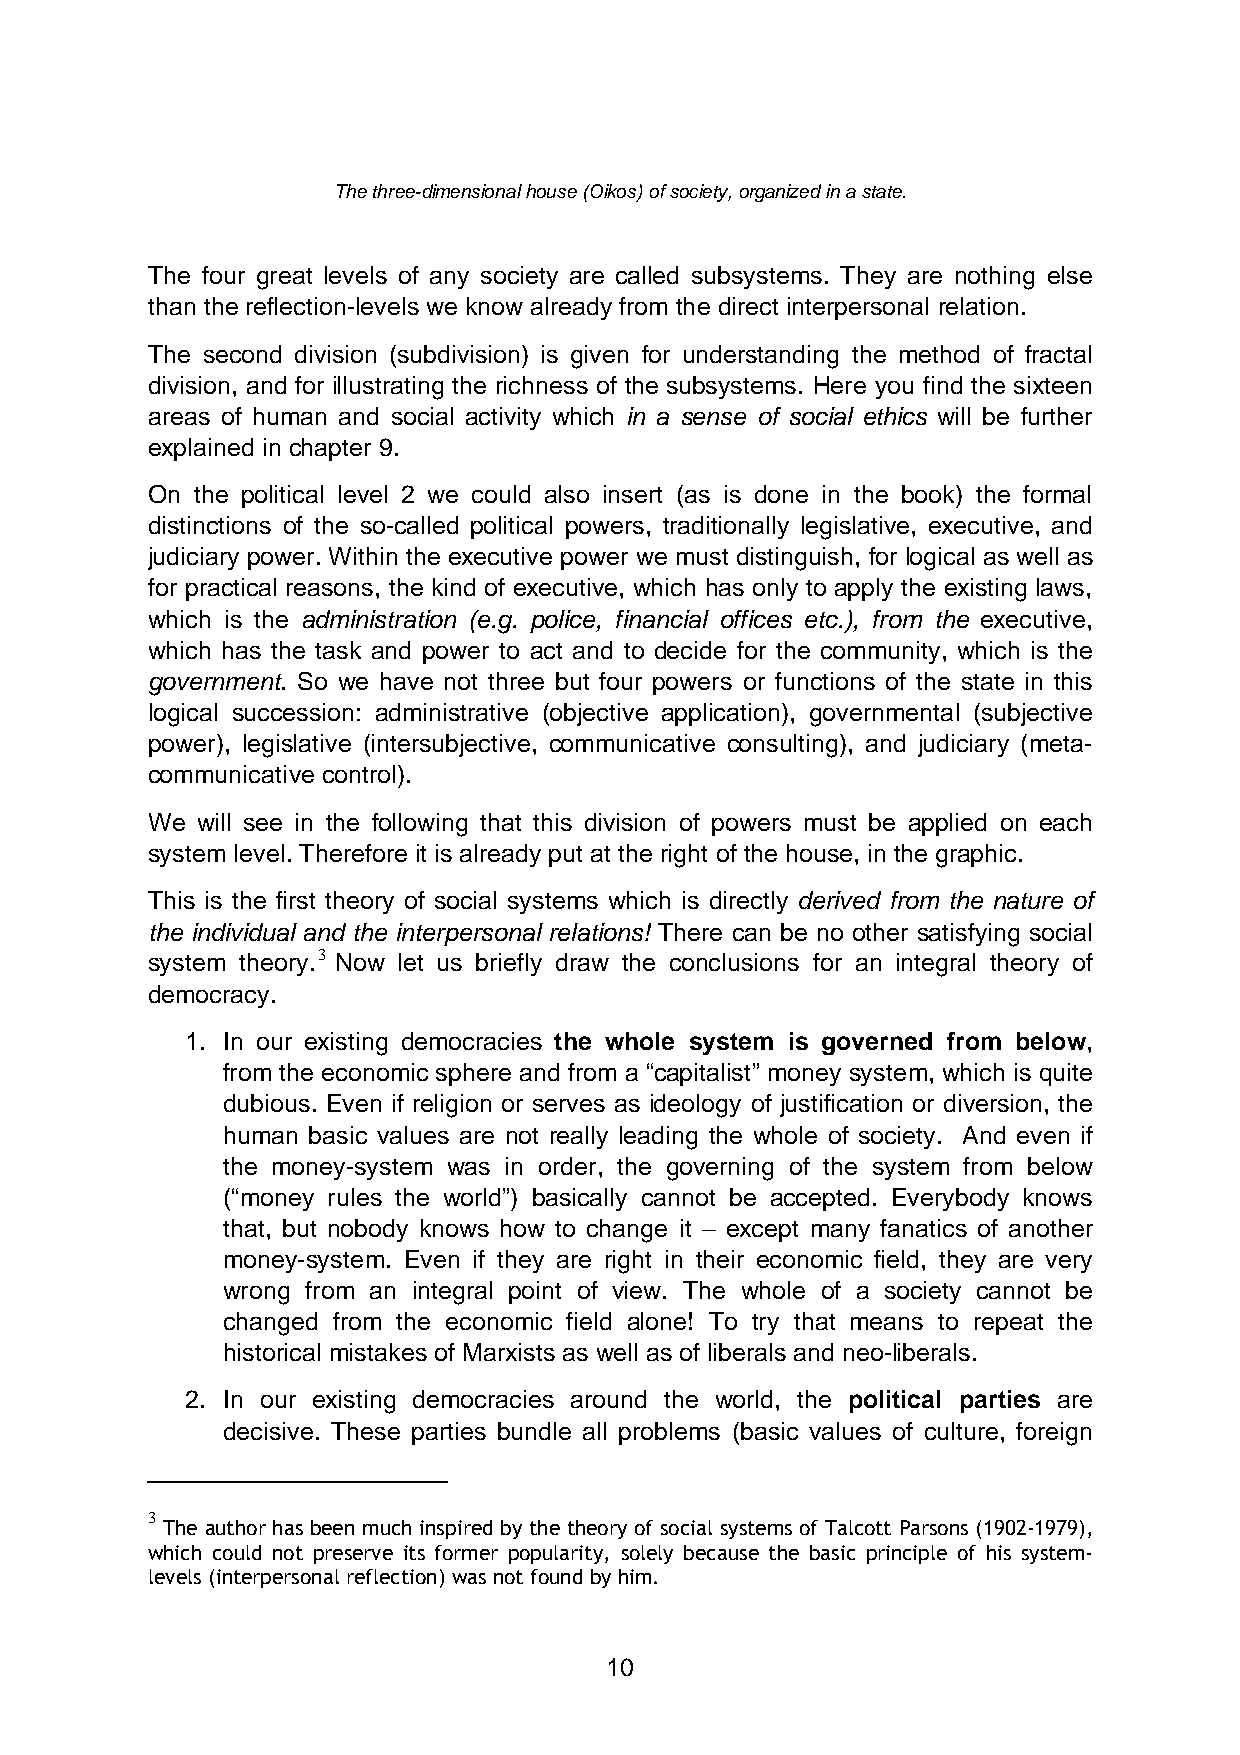
The three-dimensional house (Oikos) of society, organized in a state.
 The four great levels of any society are called subsystems. They are nothing else
 than the reflection-levels we know already from the direct interpersonal relation.
 The second division (subdivision) is given for understanding the method of fractal
 division, and for illustrating the richness of the subsystems. Here you find the sixteen
 areas of human and social activity which in a sense of social ethics will be further
 explained in chapter 9.
 On the political level 2 we could also insert (as is done in the book) the formal
 distinctions of the so-called political powers, traditionally legislative, executive, and
 judiciary power. Within the executive power we must distinguish, for logical as well as
 for practical reasons, the kind of executive, which has only to apply the existing laws,
 which is the administration (e.g. police, financial offices etc.), from the executive,
 which has the task and power to act and to decide for the community, which is the
 government. So we have not three but four powers or functions of the state in this
 logical succession: administrative (objective application), governmental (subjective
 power), legislative (intersubjective, communicative consulting), and judiciary (meta-
 communicative control).
 We will see in the following that this division of powers must be applied on each
 system level. Therefore it is already put at the right of the house, in the graphic.
 This is the first theory of social systems which is directly derived from the nature of
 the individual and the interpersonal relations! There can be no other satisfying social
 system theory.3 Now let us briefly draw the conclusions for an integral theory of
 democracy.
 1. In our existing democracies the whole system is governed from below,
 from the economic sphere and from a “capitalist” money system, which is quite
 dubious. Even if religion or serves as ideology of justification or diversion, the
 human basic values are not really leading the whole of society. And even if
 the money-system was in order, the governing of the system from below
 (“money rules the world”) basically cannot be accepted. Everybody knows
 that, but nobody knows how to change it – except many fanatics of another
 money-system. Even if they are right in their economic field, they are very
 wrong from an integral point of view. The whole of a society cannot be
 changed from the economic field alone! To try that means to repeat the
 historical mistakes of Marxists as well as of liberals and neo-liberals.
 2. In our existing democracies around the world, the political parties are
 decisive. These parties bundle all problems (basic values of culture, foreign
 3
 The author has been much inspired by the theory of social systems of Talcott Parsons (1902-1979),
 which could not preserve its former popularity, solely because the basic principle of his system-
 levels (interpersonal reflection) was not found by him.
 10